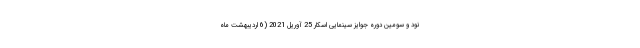
نود و سومین دوره جوایز سینمایی اسکار 25 آوریل 2021 (6 اردیبهشت ماه